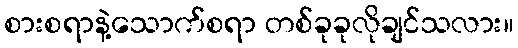
စားစရာနဲ့သောက်စရာ တစ်ခုခုလိုချင်သလား။